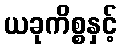
ယခုကိစ္စနှင့်